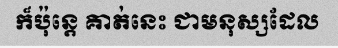
ក៏ប៉ុន្តេ គាត់នេះ ជាមនុស្សដែល